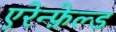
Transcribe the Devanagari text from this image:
एरेन्फ़ेल्ड